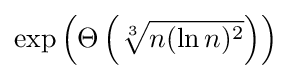
\exp \left(\Theta \left({\sqrt[{3}]{n(\ln n)^{2}}}\right)\right)